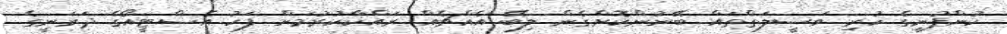
ކުންފުނީގެ ހުރި ވަސީލަތްތައް ބޭނުންކޮށްގެން ލިބޭ އެއްޗެއް ރައްކާކުރުމަށް ފަހު އެސްޓީއޯގެ ދަރަނީގެ